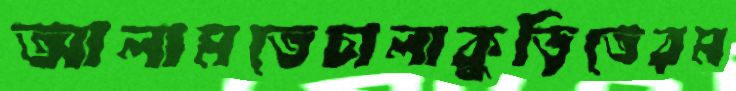
আলামতেচালাকুড়িতেরম